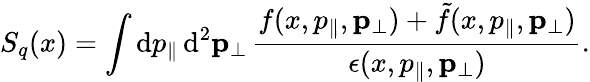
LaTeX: S_{q}(x)=\int\mathrm{d}p_{\parallel}\, \mathrm{d}^{2}{\mathbf{p}}_{\perp}\, \frac{{f(x,p_{\parallel},{\mathbf{p}}_{\perp})+\tilde{{f}}(x,p_{\parallel},{\mathbf{p}}_{\perp})}}{{\epsilon(x,p_{\parallel},{\mathbf{p}}_{\perp})}}.